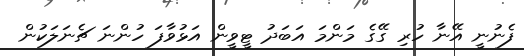
ފެނުނީ އޭނާ ހުރި ގޭގެ މަންމަ އަބަދު ޓީވީން އަޅުވާފަ ހުންނަ ޗެނަލަކުން